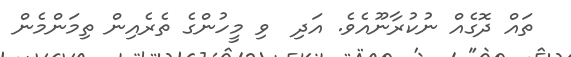
ތައް ދޮގެއް ނުކުރާނޫއެވެ. އަދި  ވި މީހުންގެ ތެރެއިން ތިމަންމެން